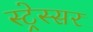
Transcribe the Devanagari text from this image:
स्ट्रेस्सर